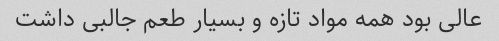
عالی بود همه مواد تازه و بسیار طعم جالبی داشت